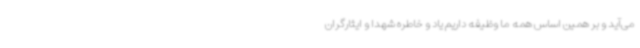
می‌آید و بر همین اساس همه ما وظیفه داریم یاد و خاطره شهدا و ایثارگران